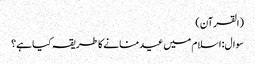
(القرآن)
سوال: اسلام میں عید منانے کا طریقہ کیا ہے؟